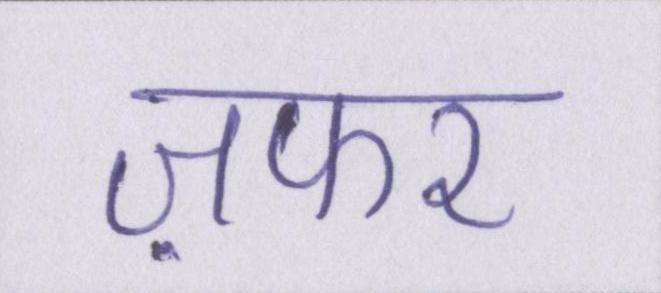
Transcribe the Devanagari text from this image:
ज़फर